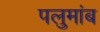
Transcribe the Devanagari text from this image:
पलुमांब